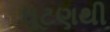
ઘૂટણથી